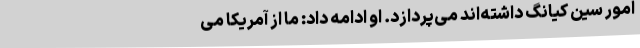
امور سین کیانگ داشته‌اند می‌پردازد. او ادامه داد: ما از آمریکا می